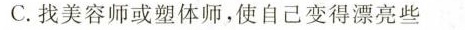
C.找美容师或塑体师，使自己变得漂亮些